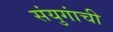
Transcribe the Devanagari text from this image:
संयुगांची